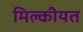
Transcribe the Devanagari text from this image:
मिल्कीयत